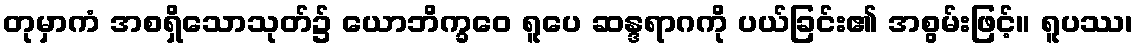
တုမှာကံ အစရှိသောသုတ်၌ ယောဘိက္ခဝေ ရူပေ ဆန္ဒရာဂကို ပယ်ခြင်း၏ အစွမ်းဖြင့်။ ရူပဿ၊